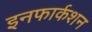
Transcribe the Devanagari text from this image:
इनफार्कशन